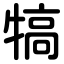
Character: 犒